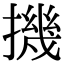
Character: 𢴰